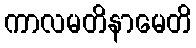
ကာလမတိနာမေတိ